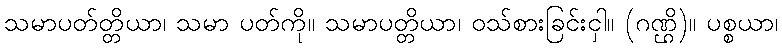
သမာပတ်တ္တိယာ၊ သမာ ပတ်ကို။ သမာပတ္တိယာ၊ ဝသ်စားခြင်းငှါ။ (ဂဏ္ဌိ)။ ပစ္စယာ၊